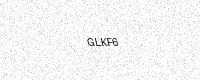
Text: GLKF6